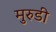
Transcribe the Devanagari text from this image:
मुरुडी